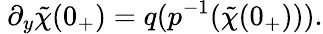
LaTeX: ~\partial_{y}\tilde{\chi}(0_{+})=q(p^{-1}(\tilde{\chi}(0_{+}))).